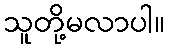
သူတို့မလာပါ။